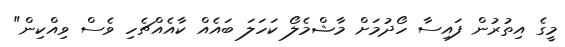
މީގެ އިތުރުން ފައިސާ ހޯދުމަށް މާޝްމެލޯ ކަހަލަ ބައެއް ކާއެއްޗެހި ވެސް ވިއްކިން"